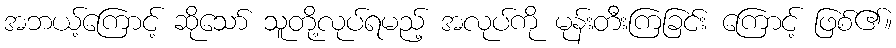
အဘယ့်ကြောင့် ဆိုသော် သူတို့လုပ်ရမည့် အလုပ်ကို မုန်းတီးကြခြင်း ကြောင့် ဖြစ်၏။